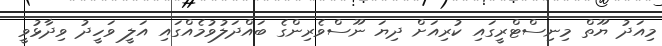
މިއަދު ޔޫތް މިނިސްޓްރީގައި ކުރިއަށް ދިޔަ ނޫސްވެރިންގެ ބައްދަލުވުމެއްގައި އަލީ ވަހީދު ވިދާޅުވީ